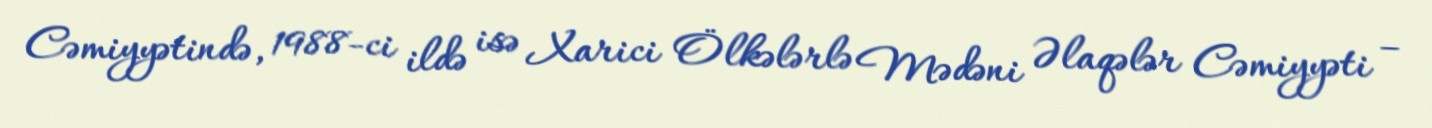
Cəmiyyətində, 1988-ci ildə isə Xarici Ölkələrlə Mədəni Əlaqələr Cəmiyyəti –